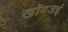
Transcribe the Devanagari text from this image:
खोंगजई